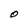
Character: O